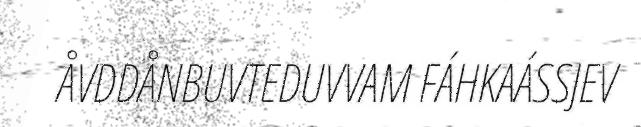
ÅVDDÅNBUVTEDUVVAM FÁHKAÁSSJEV